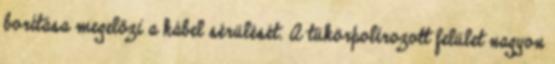
borítása megelőzi a kábel sérülését. A tükörpolírozott felület nagyon